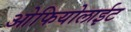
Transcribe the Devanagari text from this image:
ओफियोलाईट